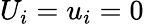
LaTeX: U_{i}=u_{i}=0